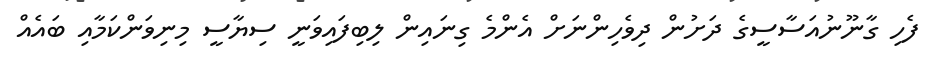
ފެހި ގާނޫނުއަސާސީގެ ދަށުން ދިވެހިންނަށް އެންމެ ގިނައިން ލިބިފައިވަނީ ސިޔާސީ މިނިވަންކަމާއި ބައެއް